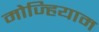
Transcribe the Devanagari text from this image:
मोज्हियाम